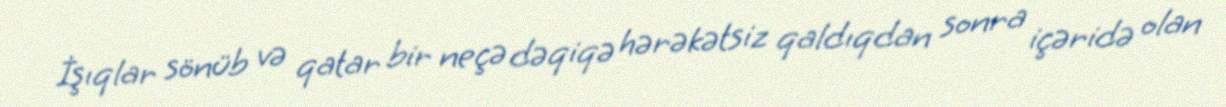
İşıqlar sönüb və qatar bir neçə dəqiqə hərəkətsiz qaldıqdan sonra içəridə olan